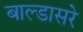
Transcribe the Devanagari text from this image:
बाल्डासरे